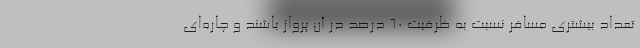
تعداد بیشتری مسافر نسبت به ظرفیت ۶۰ درصد در آن پرواز باشند و چاره‌ای